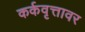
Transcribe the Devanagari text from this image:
कर्कवृत्तावर